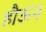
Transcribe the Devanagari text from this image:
हौऊन